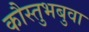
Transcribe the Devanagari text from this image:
कौस्तुभबुवा